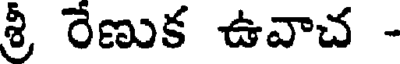
శ్రీ రేణుక ఉవాచ -